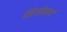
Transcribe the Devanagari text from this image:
मिजोकार्प